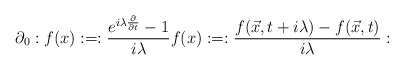
\begin{align*}\partial_{0}:f(x):=:\frac{e^{i\lambda {\partial \over \partial t}}-1}{i\lambda }f(x):=:\frac{f(\vec{x},t+i\lambda )-f(\vec{x},t)}{i\lambda }:\end{align*}